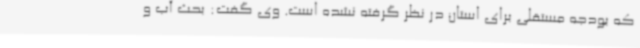
که بودجه مستقلی برای استان در نظر گرفته نشده است. وی گفت: بحث آب و